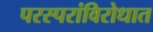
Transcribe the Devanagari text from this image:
परस्परांविरोधात